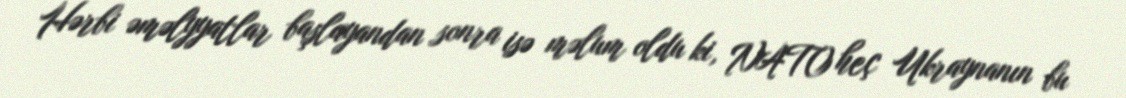
Hərbi əməlyyatlar başlayandan sonra isə məlum oldu ki, NATO heç Ukraynanın bu